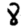
Digit: 8